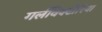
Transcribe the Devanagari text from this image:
गर्लविक्टोरिया